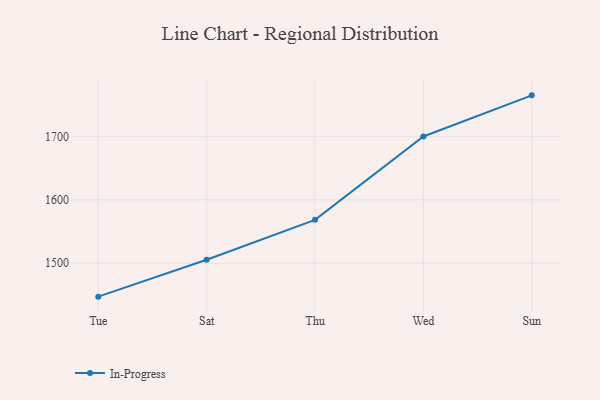
{"axis": {"x": "Day", "y": "Gross Profit (USD K)"}, "legend": ["In-Progress"], "data": [{"x": "Tue", "y": 1447.0, "type": "In-Progress"}, {"x": "Sat", "y": 1505.4, "type": "In-Progress"}, {"x": "Thu", "y": 1568.4, "type": "In-Progress"}, {"x": "Wed", "y": 1700.2, "type": "In-Progress"}, {"x": "Sun", "y": 1765.2, "type": "In-Progress"}]}